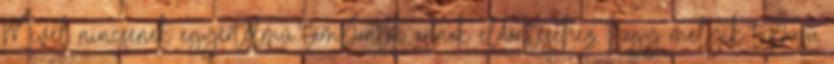
Mivel nincsenek egyértelmű támpontok annak eldöntéséhez, hogy melyik típusú